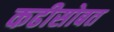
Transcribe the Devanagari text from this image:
कढीसोबत